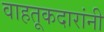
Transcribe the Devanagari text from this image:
वाहतूकदारांनी